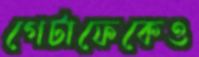
গেটাফেকেও